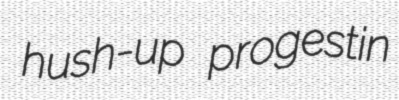
hush-up progestin